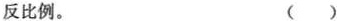
反比例。 ( )